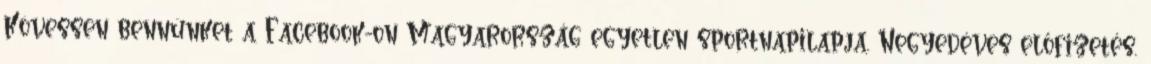
Kövessen bennünket a Facebook-on Magyarország egyetlen sportnapilapja. Negyedéves előfizetés.